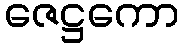
ဇေဋ္ဌကော